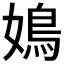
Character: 𡡅